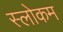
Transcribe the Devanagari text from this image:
स्‍लोकम